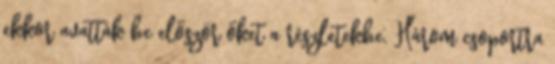
ekkor avatták be először őket a részletekbe. Három csoportra